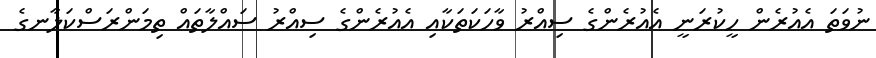
ނުވަތަ އެއުރެން ހީކުރަނީ އެއުރެންގެ ސިއްރު ވާހަކަތަކާއި އެއުރެންގެ ސިއްރު ސައްލާތައް ތިމަންރަސްކަލާނގެ